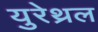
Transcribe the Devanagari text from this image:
युरेथ्रल